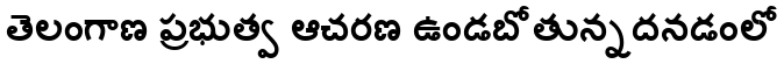
తెలంగాణ ప్రభుత్వ ఆచరణ ఉండబోతున్నదనడంలో